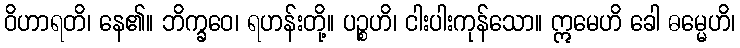
ဝိဟာရတိ၊ နေ၏။ ဘိက္ခဝေ၊ ရဟန်းတို့။ ပဉ္စဟိ၊ ငါးပါးကုန်သော။ ဣမေဟိ ခေါ ဓမ္မေဟိ၊